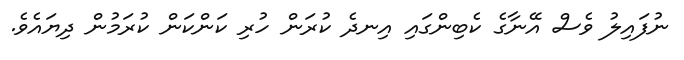
ނުފައިލު ވެސް އޭނާގެ ކެބިންގައި އިނދެ ކުރަން ހުރި ކަންކަން ކުރަމުން ދިޔައެވެ.